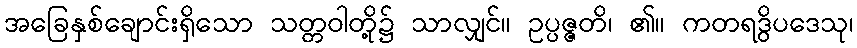
အခြေနှစ်ချောင်းရှိသော သတ္တဝါတို့၌ သာလျှင်။ ဥပ္ပဇ္ဇတိ၊ ၏။ ကတရဒွိပဒေသု၊